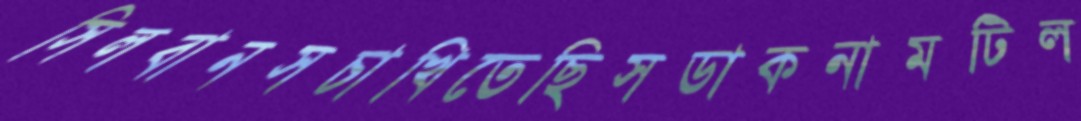
সিলবানসচাখিতেছিসডাকনামটিল